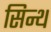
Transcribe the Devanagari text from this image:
सिन्थ